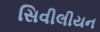
સિવીલીયન